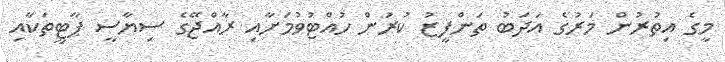
މީގެ އިތުރުން މަރުގެ އަދަބު ތަންފީޒު ކުރުން ހުއްޓުވުމަށާއި ރާއްޖޭގެ ސިޔާސީ ޕާޓީތަކާއި